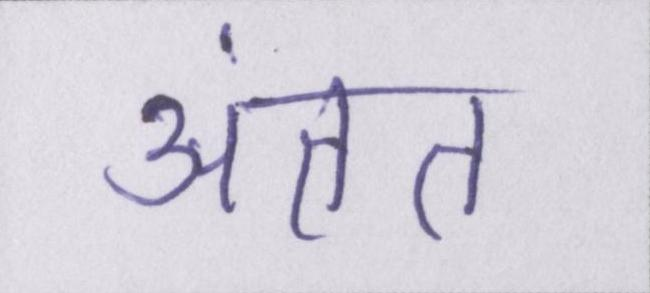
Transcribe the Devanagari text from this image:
अंतत